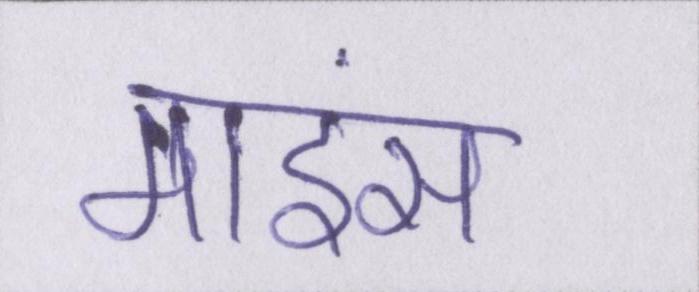
माइंस